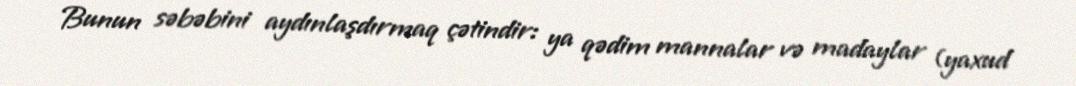
Bunun səbəbini aydınlaşdırmaq çətindir: ya qədim mannalar və madaylar (yaxud